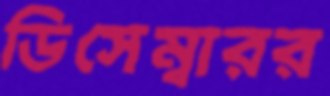
ডিসেম্বারর